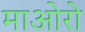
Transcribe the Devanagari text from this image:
माओरो